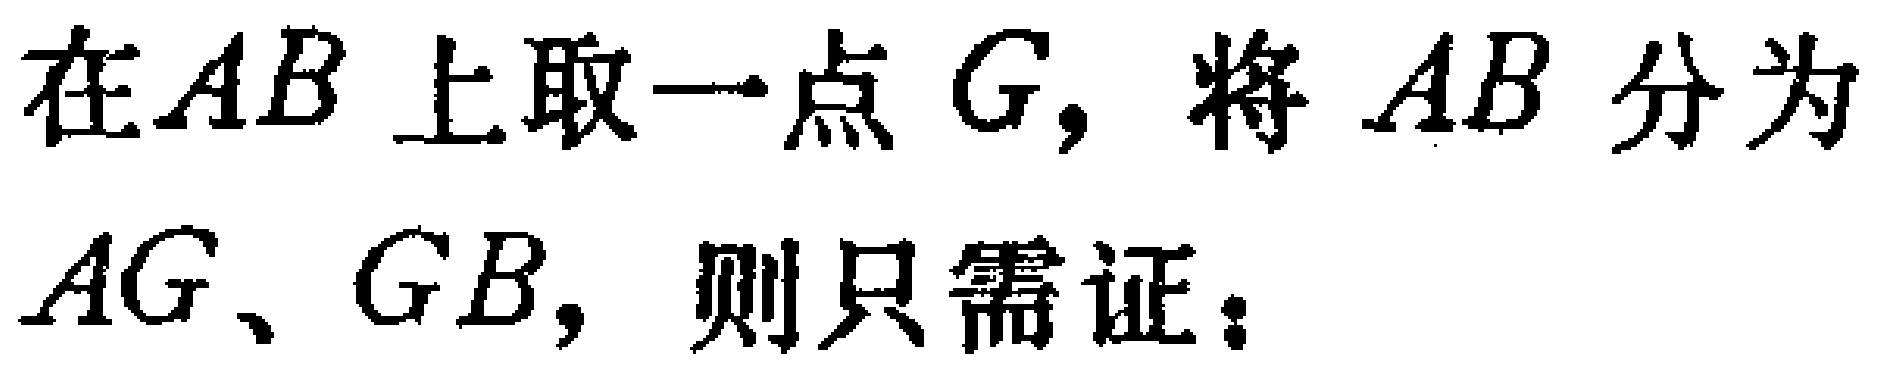
在\(AB\)上取一点\(G\)，将 \(AB\) 分为\(AG\)、\(GB\)，则只需证：